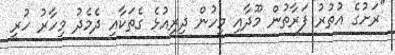
"ރަށުގެ އުތުރު ފަރާތުން މޫދާއި މީހުން ދިރިއުޅެ ގެތަކާއި ދެމެދު މިހާރު ހުރީ